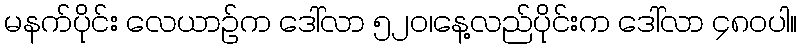
မနက်ပိုင်း လေယာဉ်က ဒေါ်လာ ၅၂၀၊နေ့လည်ပိုင်းက ဒေါ်လာ ၄၈၀ပါ။